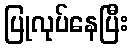
ပြုလုပ်နေပြီး